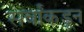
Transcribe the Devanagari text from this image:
सर्वांकडून